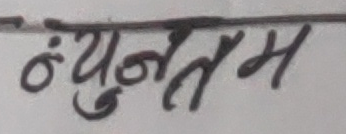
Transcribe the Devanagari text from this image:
न्यूनतम